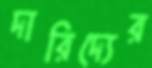
দারিদ্যের